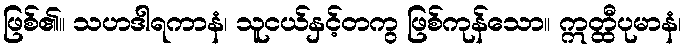
ဖြစ်၏။ သဟဒါရကာနံ၊ သူငယ်နှင့်တကွ ဖြစ်ကုန်သော။ ဣတ္ထီပုမာနံ၊